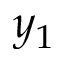
y _ { 1 }